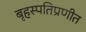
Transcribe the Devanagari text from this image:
बृहस्पतिप्रणीत